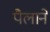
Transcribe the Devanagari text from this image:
पैलाने